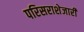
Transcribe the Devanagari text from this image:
परिसराशेजारी